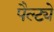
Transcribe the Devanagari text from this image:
पैल्ट्ये